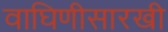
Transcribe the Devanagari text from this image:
वाघिणीसारखी